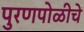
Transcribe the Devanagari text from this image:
पुरणपोळीचे